Annual report of the Punjab Veterinary College and of the Civil Veterinary Department, Punjab - 1920-1925
Year: 1920
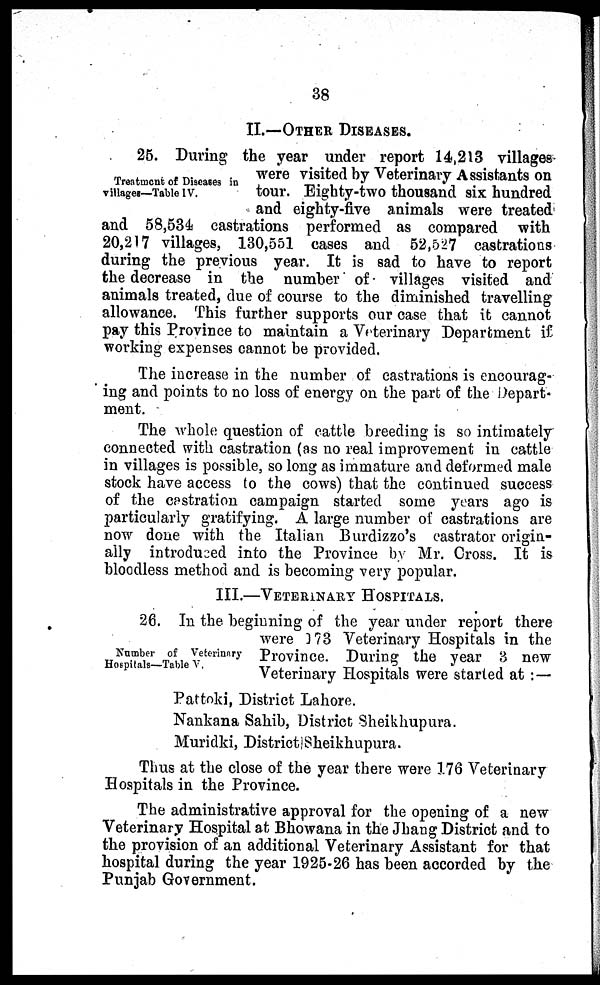
38
II.—OTHER DISEASES.
Treatment of Diseases in
villages—Table IV.
25. During the year under report 14,213 villages
were visited by Veterinary Assistants on
tour. Eighty-two thousand six hundred
and eighty-five animals were treated
and 58,534 castrations performed as compared with
20,217 villages, 130,551 cases and 52,527 castrations
during the previous year. It is sad to have to report
the decrease in the number of villages visited and
animals treated, clue of course to the diminished travelling
allowance. This further supports our case that it cannot
pay this Province to maintain a Veterinary Department if
working expenses cannot be provided.
The increase in the number of castrations is encourag-
ing and points to no loss of energy on the part of the Depart-
ment.
The whole question of cattle breeding is so intimately
connected with castration (as no real improvement in cattle
in villages is possible, so long as immature and deformed male
stock have access to the cows) that the continued success
of the castration campaign started some years ago is
particularly gratifying. A large number of castrations are
now done with the Italian Burdizzo's castrator origin-
ally introduced into the Province by Mr. Cross. It is
bloodless method and is becoming very popular.
III.—VETERINARY HOSPITALS.
Number of Veterinary
Hospitals—Table V.
26. In the beginning of the year under report there
were 3 73 Veterinary Hospitals in the
Province. During the year 3 new
Veterinary Hospitals were started at :—
Pattoki, District Lahore.
Nankana Sahib, District Sheikhupura.
Muridki, District Sheikhupura.
Thus at the close of the year there were 176 Veterinary
Hospitals in the Province.
The administrative approval for the opening of a new
Veterinary Hospital at Bhowana in the Jhang District and to
the provision of an additional Veterinary Assistant for that
hospital during the year 1925-26 has been accorded by the
Punjab Government.